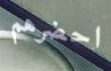
احضرهم